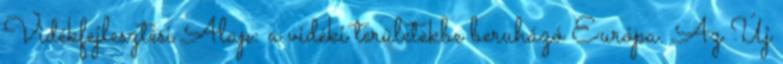
Vidékfejlesztési Alap: a vidéki területekbe beruházó Európa. Az Új